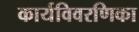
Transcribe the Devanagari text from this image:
कार्यविवरणिका